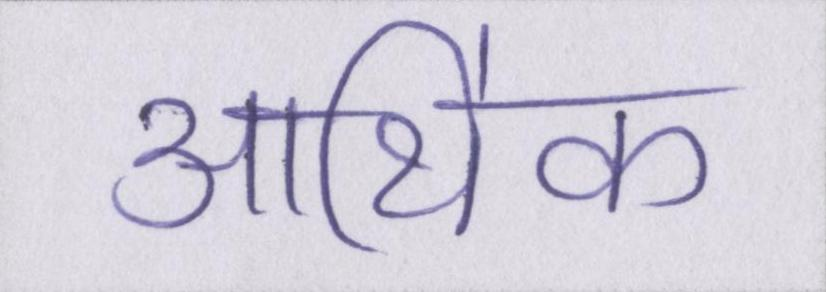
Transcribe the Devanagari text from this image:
आथि॑क